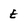
Character: e